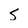
Character: S